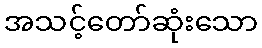
အသင့်တော်ဆုံးသော